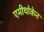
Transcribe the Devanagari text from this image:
एमीथोकेन